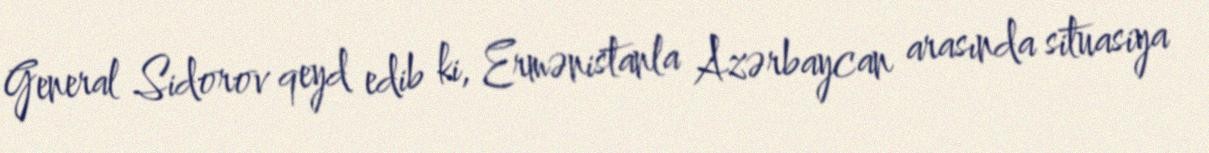
General Sidorov qeyd edib ki, Ermənistanla Azərbaycan arasında situasiya